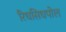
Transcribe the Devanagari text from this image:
रिधसिधपोल